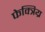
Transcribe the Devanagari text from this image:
फेक्त्रिय्र